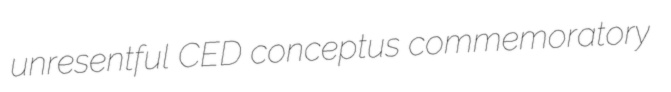
unresentful CED conceptus commemoratory